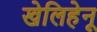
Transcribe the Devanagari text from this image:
खेलिहेनू